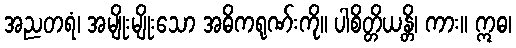
အညတရံ၊ အမျိုးမျိုးသော အဓိကရုဏ်းကို။ ပါစိတ္တိယန္တိ၊ ကား။ ဣဓ၊